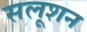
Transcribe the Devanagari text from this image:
सलूशन